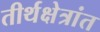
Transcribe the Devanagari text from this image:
तीर्थक्षेत्रांत